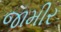
જામીર